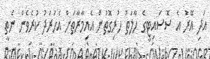
އަދި އޭރު އެ ސޮސައިޓީގެ ހާލަތު ހުރިގޮތުން އެއިމާރާތަށް އެހަރަދު ކުރެވެން ނެތީ